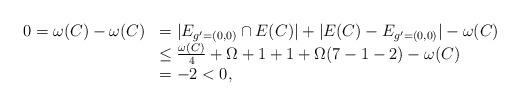
LaTeX: \begin{align*}\begin{array}{lllllllllll}0=\omega(C)-\omega(C)&= |E_{g'=(0,0)}\cap E(C)|+|E(C)-E_{g'=(0,0)}|-\omega(C)\\&\le \frac{\omega(C)}{4}+\Omega+1+1+\Omega(7-1-2)-\omega(C)\\&=-2<0,\end{array}\end{align*}